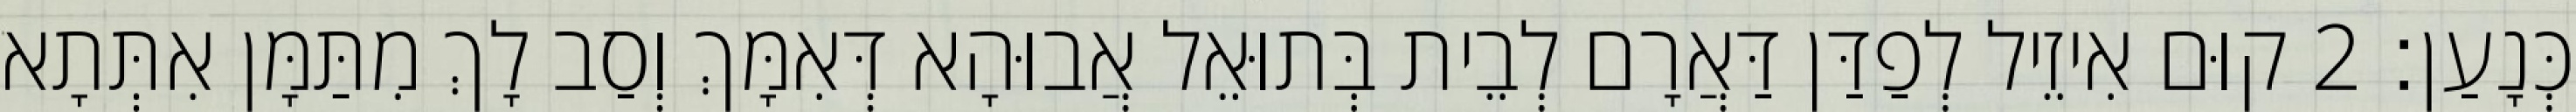
כְּנָעַן׃ 2 קוּם אִיזֵיל לְפַדַּן דַּאֲרָם לְבֵית בְּתוּאֵל אֲבוּהָא דְּאִמָּךְ וְסַב לָךְ מִתַּמָּן אִתְּתָא